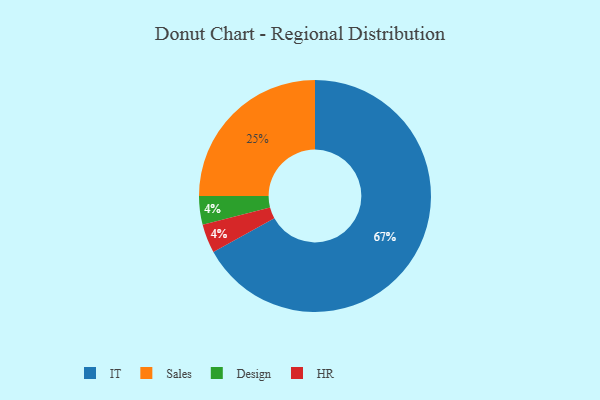
{"axis": {"x": "Category", "y": "Percentage"}, "legend": ["Design", "HR", "IT", "Sales"], "data": [{"x": "Sales", "y": 25, "type": "Sales"}, {"x": "Design", "y": 4, "type": "Design"}, {"x": "IT", "y": 67, "type": "IT"}, {"x": "HR", "y": 4, "type": "HR"}]}